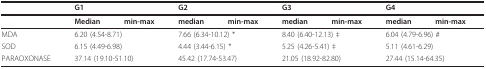
|  | <COLSPAN=2> G1 | <COLSPAN=2> G2 | <COLSPAN=2> G3 | <COLSPAN=2> G4 |
 | --- | --- | --- | --- | --- | --- | --- | --- | --- |
 |  | Median | min-max | median | min-max | median | min-max | median | min-max |
 | MDA | <COLSPAN=2> 6.20 (4.54-8.71) | <COLSPAN=2> 7.66 (6.34-10.12) * | <COLSPAN=2> 8.40 (6.40-12.13) ‡ | <COLSPAN=2> 6.04 (4.79-6.96) # |
 | SOD | <COLSPAN=2> 6.15 (4.49-6.98) | <COLSPAN=2> 4.44 (3.44-6.15) * | <COLSPAN=2> 5.25 (4.26-5.41) ‡ | <COLSPAN=2> 5.11 (4.61-6.29) |
 | PARAOXONASE | <COLSPAN=2> 37.14 (19.10-51.10) | <COLSPAN=2> 45.42 (17.74-53.47) | <COLSPAN=2> 21.05 (18.92-82.80) | <COLSPAN=2> 27.44 (15.14-64.35) |